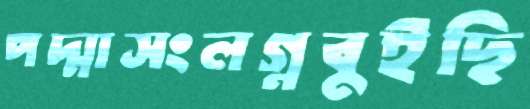
পদ্মাসংলগ্নবুইছি